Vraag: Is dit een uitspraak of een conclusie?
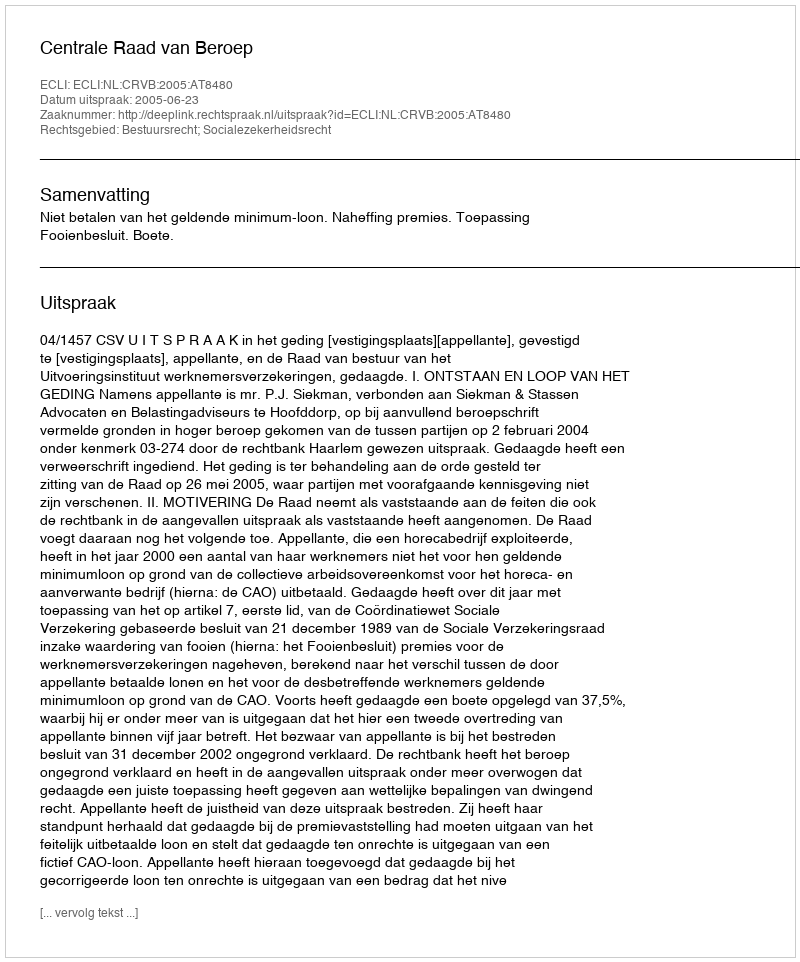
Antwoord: Uitspraak